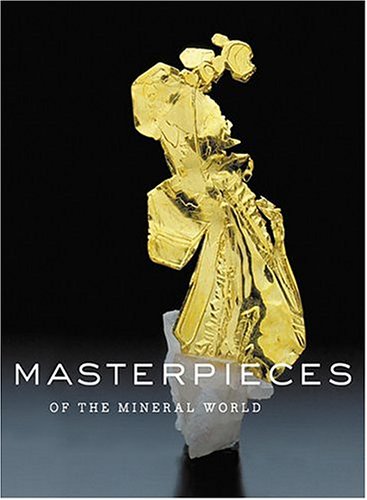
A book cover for Masterpieces of the Mineral World: Treasures from the Houston Museum of Natural Science; Wendell E. Wilson; Science & Math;